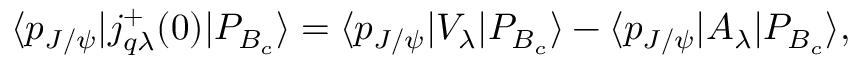
\langle p _ { J / \psi } | j _ { q \lambda } ^ { + } ( 0 ) | P _ { B _ { c } } \rangle = \langle p _ { J / \psi } | V _ { \lambda } | P _ { B _ { c } } \rangle - \langle p _ { J / \psi } | A _ { \lambda } | P _ { B _ { c } } \rangle ,